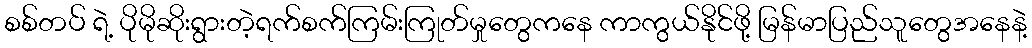
စစ်တပ် ရဲ့ ပိုမိုဆိုးရွားတဲ့ရက်စက်ကြမ်းကြုတ်မှုတွေကနေ ကာကွယ်နိုင်ဖို့ မြန်မာပြည်သူတွေအနေနဲ့